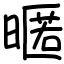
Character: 暱